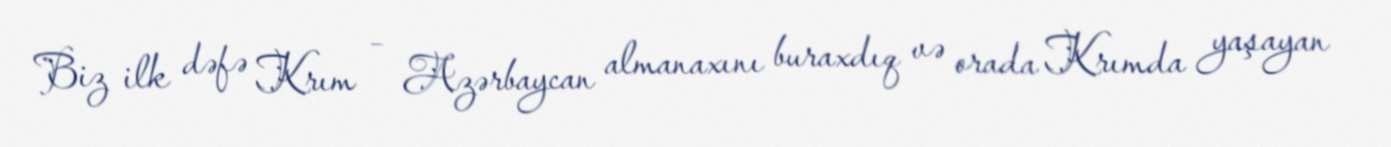
Biz ilk dəfə Krım – Azərbaycan almanaxını buraxdıq və orada Krımda yaşayan